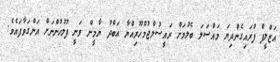
އަޒްލީފް ފުރައިގެންދިޔަ މައްސަލަ ބެލުމަށް ރައީސުލްޖުމްހޫރިއްޔާ އަބްދު ޔާމީން ވަނީ ފުލުހުންނަށް އަންގަވާފައެވެ.